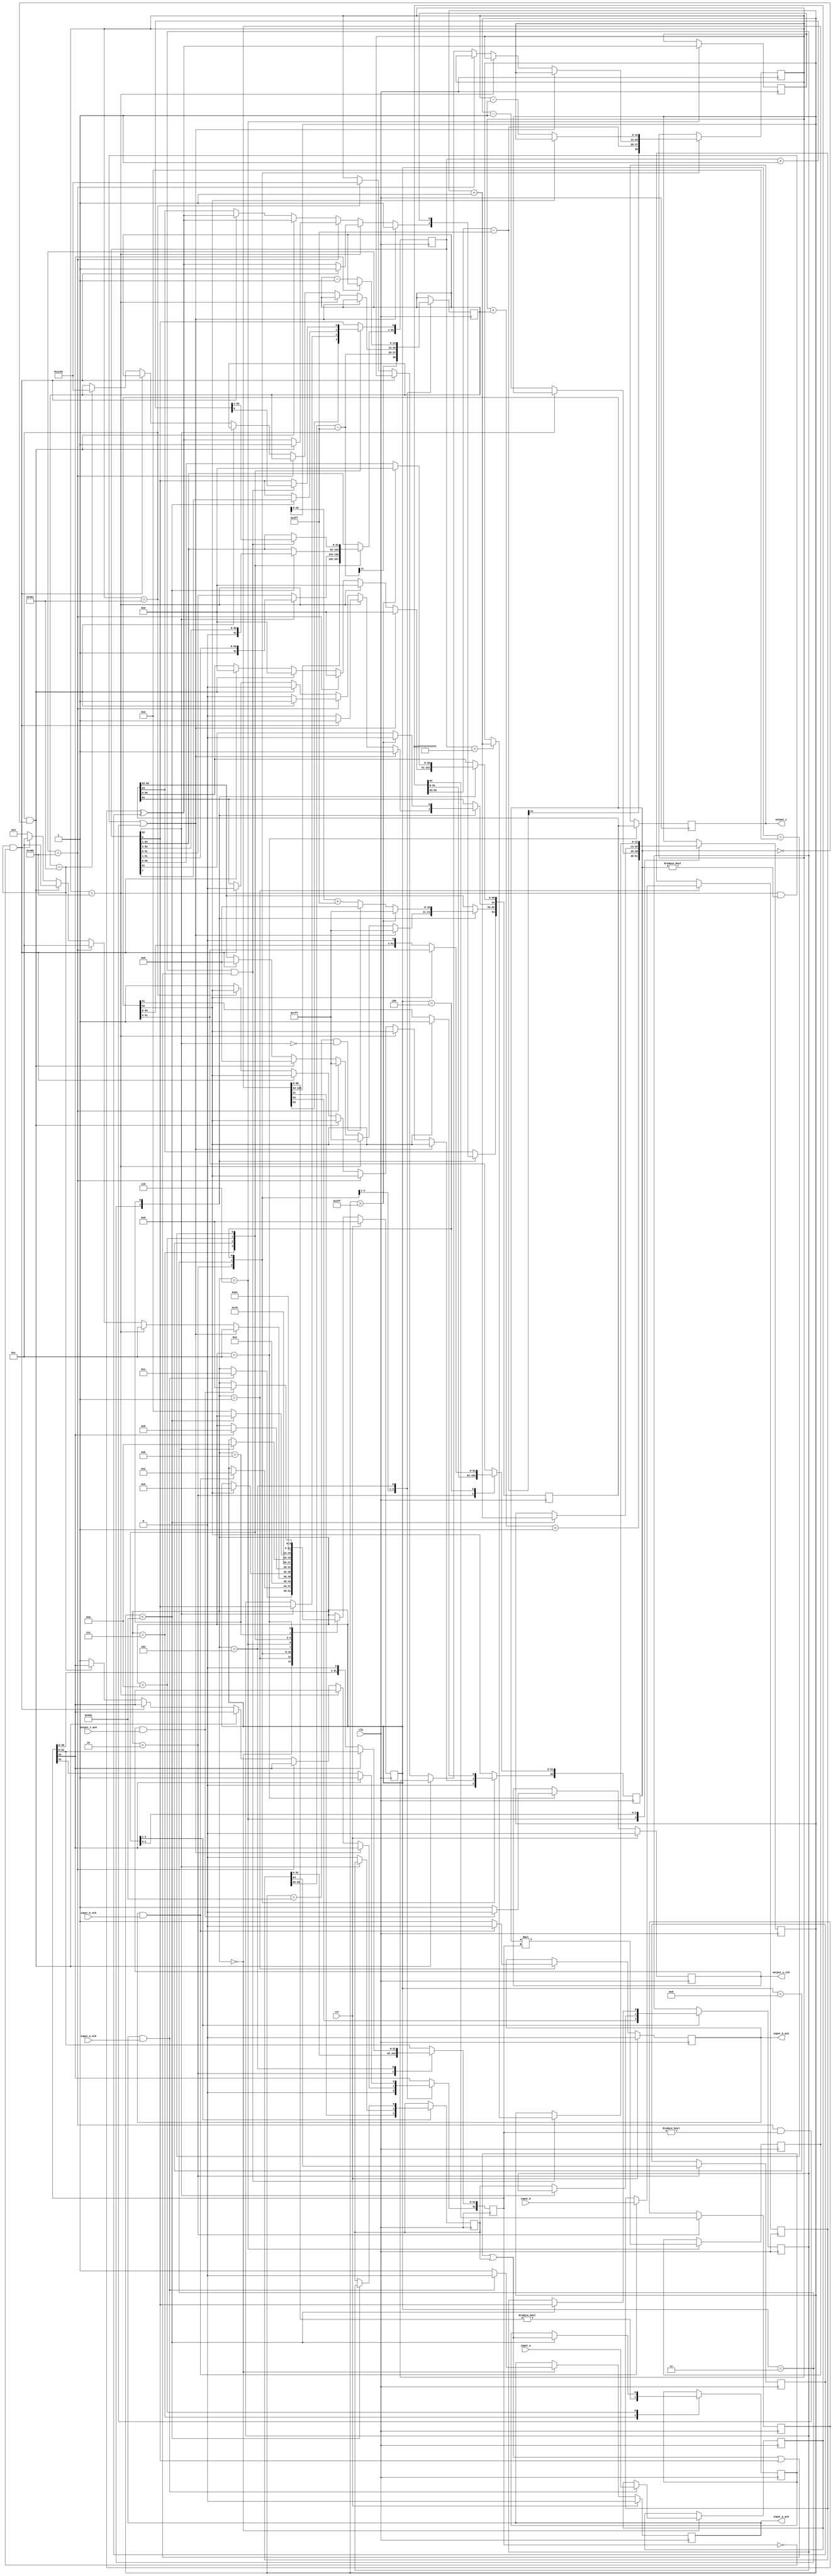
//IEEE Floating Point Multiplier (Double Precision)
//Copyright (C) Jonathan P Dawson 2014
//2014-01-10
module double_multiplier(
        input_a,
        input_b,
        input_a_stb,
        input_b_stb,
        output_z_ack,
        clk,
        rst,
        output_z,
        output_z_stb,
        input_a_ack,
        input_b_ack);

  input     clk;
  input     rst;

  input     [63:0] input_a;
  input     input_a_stb;
  output    input_a_ack;

  input     [63:0] input_b;
  input     input_b_stb;
  output    input_b_ack;

  output    [63:0] output_z;
  output    output_z_stb;
  input     output_z_ack;

  reg       s_output_z_stb;
  reg       [63:0] s_output_z;
  reg       s_input_a_ack;
  reg       s_input_b_ack;

  reg       [3:0] state;
  parameter get_a         = 4'd0,
            get_b         = 4'd1,
            unpack        = 4'd2,
            special_cases = 4'd3,
            normalise_a   = 4'd4,
            normalise_b   = 4'd5,
            multiply_0    = 4'd6,
            multiply_1    = 4'd7,
            normalise_1   = 4'd8,
            normalise_2   = 4'd9,
            round         = 4'd10,
            pack          = 4'd11,
            put_z         = 4'd12;

  reg       [63:0] a, b, z;
  reg       [52:0] a_m, b_m, z_m;
  reg       [12:0] a_e, b_e, z_e;
  reg       a_s, b_s, z_s;
  reg       guard, round_bit, sticky;
  reg       [105:0] product;

  always @(posedge clk)
  begin

    case(state)

      get_a:
      begin
        s_input_a_ack <= 1;
        if (s_input_a_ack && input_a_stb) begin
          a <= input_a;
          s_input_a_ack <= 0;
          state <= get_b;
        end
      end

      get_b:
      begin
        s_input_b_ack <= 1;
        if (s_input_b_ack && input_b_stb) begin
          b <= input_b;
          s_input_b_ack <= 0;
          state <= unpack;
        end
      end

      unpack:
      begin
        a_m <= a[51 : 0];
        b_m <= b[51 : 0];
        a_e <= a[62 : 52] - 1023;
        b_e <= b[62 : 52] - 1023;
        a_s <= a[63];
        b_s <= b[63];
        state <= special_cases;
      end

      special_cases:
      begin
        //if a is NaN or b is NaN return NaN 
        if ((a_e == 1024 && a_m != 0) || (b_e == 1024 && b_m != 0)) begin
          z[63] <= 1;
          z[62:52] <= 2047;
          z[51] <= 1;
          z[50:0] <= 0;
          state <= put_z;
        //if a is inf return inf
        end else if (a_e == 1024) begin
          z[63] <= a_s ^ b_s;
          z[62:52] <= 2047;
          z[51:0] <= 0;
          state <= put_z;
          //if b is zero return NaN
          if (($signed(b_e) == -1023) && (b_m == 0)) begin
            z[63] <= 1;
            z[62:52] <= 2047;
            z[51] <= 1;
            z[50:0] <= 0;
            state <= put_z;
          end
        //if b is inf return inf
        end else if (b_e == 1024) begin
          z[63] <= a_s ^ b_s;
          z[62:52] <= 2047;
          z[51:0] <= 0;
          //if b is zero return NaN
          if (($signed(a_e) == -1023) && (a_m == 0)) begin
            z[63] <= 1;
            z[62:52] <= 2047;
            z[51] <= 1;
            z[50:0] <= 0;
            state <= put_z;
          end
          state <= put_z;
        //if a is zero return zero
        end else if (($signed(a_e) == -1023) && (a_m == 0)) begin
          z[63] <= a_s ^ b_s;
          z[62:52] <= 0;
          z[51:0] <= 0;
          state <= put_z;
        //if b is zero return zero
        end else if (($signed(b_e) == -1023) && (b_m == 0)) begin
          z[63] <= a_s ^ b_s;
          z[62:52] <= 0;
          z[51:0] <= 0;
          state <= put_z;
        end else begin
          //Denormalised Number
          if ($signed(a_e) == -1023) begin
            a_e <= -1022;
          end else begin
            a_m[52] <= 1;
          end
          //Denormalised Number
          if ($signed(b_e) == -1023) begin
            b_e <= -1022;
          end else begin
            b_m[52] <= 1;
          end
          state <= normalise_a;
        end
      end

      normalise_a:
      begin
        if (a_m[52]) begin
          state <= normalise_b;
        end else begin
          a_m <= a_m << 1;
          a_e <= a_e - 1;
        end
      end

      normalise_b:
      begin
        if (b_m[52]) begin
          state <= multiply_0;
        end else begin
          b_m <= b_m << 1;
          b_e <= b_e - 1;
        end
      end

      multiply_0:
      begin
        z_s <= a_s ^ b_s;
        z_e <= a_e + b_e + 1;
        product <= a_m * b_m;
        state <= multiply_1;
      end

      multiply_1:
      begin
        z_m <= product[105:53];
        guard <= product[52];
        round_bit <= product[51];
        sticky <= (product[50:0] != 0);
        state <= normalise_1;
      end

      normalise_1:
      begin
        if (z_m[52] == 0) begin
          z_e <= z_e - 1;
          z_m <= z_m << 1;
          z_m[0] <= guard;
          guard <= round_bit;
          round_bit <= 0;
        end else begin
          state <= normalise_2;
        end
      end

      normalise_2:
      begin
        if ($signed(z_e) < -1022) begin
          z_e <= z_e + 1;
          z_m <= z_m >> 1;
          guard <= z_m[0];
          round_bit <= guard;
          sticky <= sticky | round_bit;
        end else begin
          state <= round;
        end
      end

      round:
      begin
        if (guard && (round_bit | sticky | z_m[0])) begin
          z_m <= z_m + 1;
          if (z_m == 53'h1fffffffffffff) begin
            z_e <=z_e + 1;
          end
        end
        state <= pack;
      end

      pack:
      begin
        z[51 : 0] <= z_m[51:0];
        z[62 : 52] <= z_e[11:0] + 1023;
        z[63] <= z_s;
        if ($signed(z_e) == -1022 && z_m[52] == 0) begin
          z[62 : 52] <= 0;
        end
        //if overflow occurs, return inf
        if ($signed(z_e) > 1023) begin
          z[51 : 0] <= 0;
          z[62 : 52] <= 2047;
          z[63] <= z_s;
        end
        state <= put_z;
      end

      put_z:
      begin
        s_output_z_stb <= 1;
        s_output_z <= z;
        if (s_output_z_stb && output_z_ack) begin
          s_output_z_stb <= 0;
          state <= get_a;
        end
      end

    endcase

    if (rst == 1) begin
      state <= get_a;
      s_input_a_ack <= 0;
      s_input_b_ack <= 0;
      s_output_z_stb <= 0;
    end

  end
  assign input_a_ack = s_input_a_ack;
  assign input_b_ack = s_input_b_ack;
  assign output_z_stb = s_output_z_stb;
  assign output_z = s_output_z;

endmodule